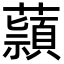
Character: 蘏